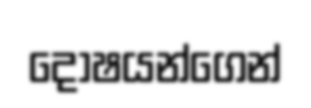
දෝෂයන්ගෙන්